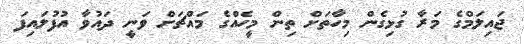
ޖައިލަމްގެ މަރާ ގުޅިގެން މިހާތަށް ތިން މީހެއްގެ މައްޗަށް ވަނީ ދައުވާ އުފުލައިފަ